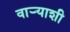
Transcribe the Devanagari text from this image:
वाऱ्याशी